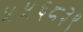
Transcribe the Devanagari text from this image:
५५६८३९